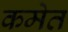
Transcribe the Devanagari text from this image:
कमेत